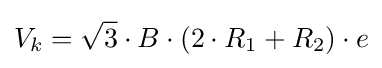
V_{k}={\sqrt {3}}\cdot B\cdot (2\cdot R_{1}+R_{2})\cdot e